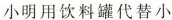
小明用饮料罐代替小